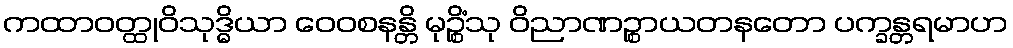
ကထာဝတ္ထုဝိသုဒ္ဓိယာ ဝေဝစနန္တိ မုဉ္စိံသု ဝိညာဏဉ္စာယတနတော ပက္ခန္တရမာဟ